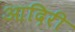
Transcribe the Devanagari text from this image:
आदिरी